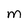
Character: M